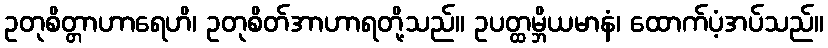
ဥတုစိတ္တာဟာရေဟိ၊ ဥတုစိတ်အာဟာရတို့သည်။ ဥပတ္ထမ္ဘိယမာနံ၊ ထောက်ပံ့အပ်သည်။